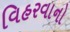
વિહરવાનો